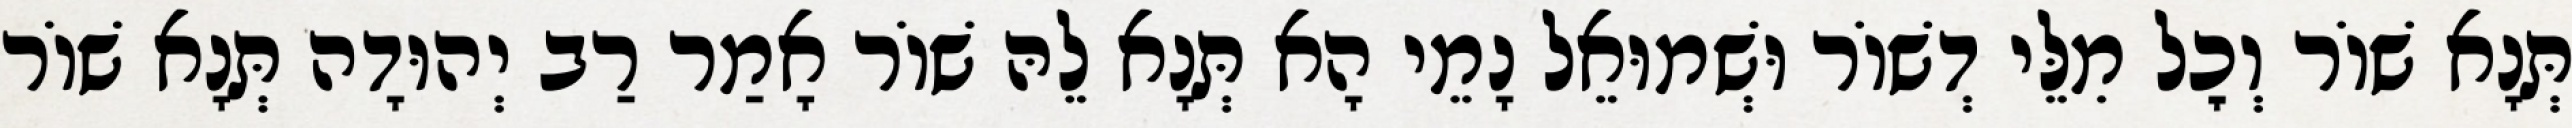
תְּנָא שׁוֹר וְכׇל מִלֵּי דְשׁוֹר וּשְׁמוּאֵל נָמֵי הָא תְּנָא לֵהּ שׁוֹר אָמַר רַב יְהוּדָה תְּנָא שׁוֹר